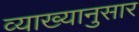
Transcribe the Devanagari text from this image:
व्याख्यानुसार